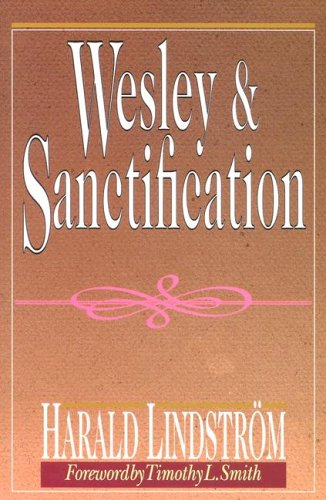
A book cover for Wesley and Sanctification: A Study in the Doctrine of Salvation; Harald Lindstrom; Christian Books & Bibles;